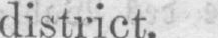
district.